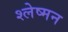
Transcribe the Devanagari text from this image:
श्‍लेष्‍मन